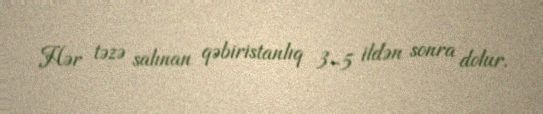
Hər təzə salınan qəbiristanlıq 3-5 ildən sonra dolur.